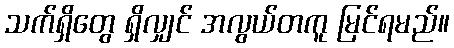
သက်ရှိတွေ ရှိလျှင် အလွယ်တကူ မြင်ရမည်။